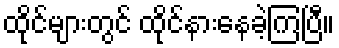
ထိုင်များတွင် ထိုင်နားနေခဲ့ကြပြီ။